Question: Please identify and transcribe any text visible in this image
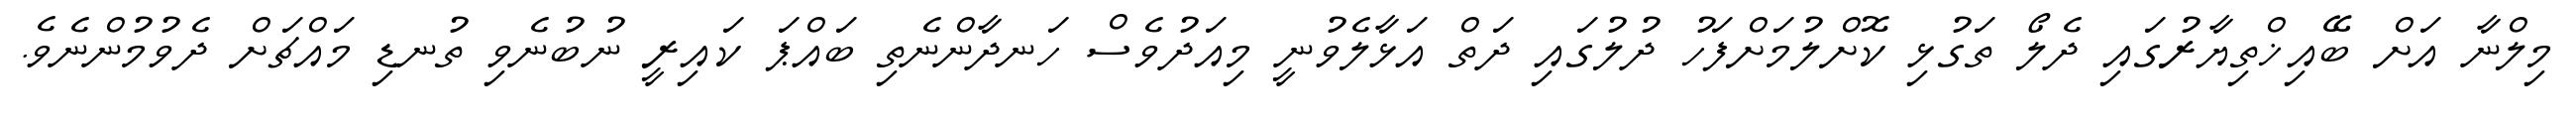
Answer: މިލްނާ އަށް ބޭއިޚްތިޔާރުގައި ދެލޯ ތަގުޅި ކޮށްލުމަށްފަހު ދުލުގައި ދަތް އަޅާލެވުނީ މިއަދުވެސް ހަނދާންނެތި ބައްޕަ ކައިރީ ނުބުނެވި ތުނޑި މައްޗަށް ދެވުމުންނެވެ.